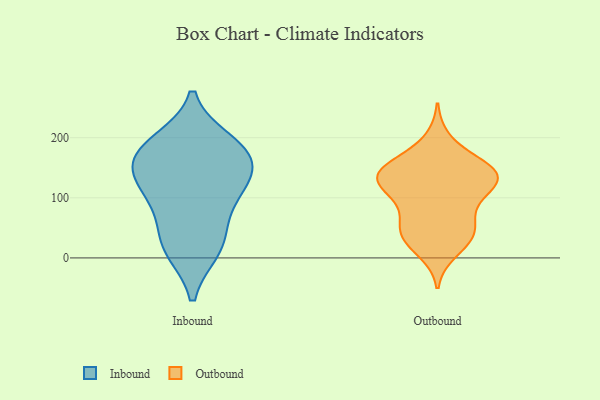
{"axis": {"x": "LTV (USD)", "y": "Value"}, "legend": ["Inbound", "Outbound"], "data": [{"x": "", "y": 42, "type": "Inbound"}, {"x": "", "y": 187, "type": "Inbound"}, {"x": "", "y": 193, "type": "Inbound"}, {"x": "", "y": 115, "type": "Inbound"}, {"x": "", "y": 116, "type": "Inbound"}, {"x": "", "y": 136, "type": "Inbound"}, {"x": "", "y": 151, "type": "Inbound"}, {"x": "", "y": 13, "type": "Inbound"}, {"x": "", "y": 169, "type": "Inbound"}, {"x": "", "y": 174, "type": "Inbound"}, {"x": "", "y": 14, "type": "Inbound"}, {"x": "", "y": 82, "type": "Inbound"}, {"x": "", "y": 26, "type": "Outbound"}, {"x": "", "y": 53, "type": "Outbound"}, {"x": "", "y": 73, "type": "Outbound"}, {"x": "", "y": 196, "type": "Outbound"}, {"x": "", "y": 145, "type": "Outbound"}, {"x": "", "y": 113, "type": "Outbound"}, {"x": "", "y": 128, "type": "Outbound"}, {"x": "", "y": 165, "type": "Outbound"}, {"x": "", "y": 45, "type": "Outbound"}, {"x": "", "y": 38, "type": "Outbound"}, {"x": "", "y": 131, "type": "Outbound"}, {"x": "", "y": 136, "type": "Outbound"}, {"x": "", "y": 148, "type": "Outbound"}, {"x": "", "y": 43, "type": "Outbound"}, {"x": "", "y": 98, "type": "Outbound"}, {"x": "", "y": 143, "type": "Outbound"}, {"x": "", "y": 135, "type": "Outbound"}, {"x": "", "y": 11, "type": "Outbound"}, {"x": "", "y": 142, "type": "Outbound"}, {"x": "", "y": 103, "type": "Outbound"}]}